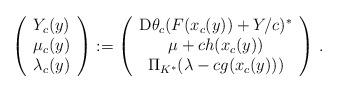
LaTeX: \begin{align*}\left(\begin{array}{c}Y_c(y)\\\mu_c(y)\\\lambda_c(y)\end{array} \right):=\left(\begin{array}{c}{\rm D} \theta_c(F(x_c(y))+Y/c)^*\\ \mu+ch(x_c(y)) \\\Pi_{K^*}(\lambda-c g(x_c(y)))\end{array}\right) \, .\end{align*}